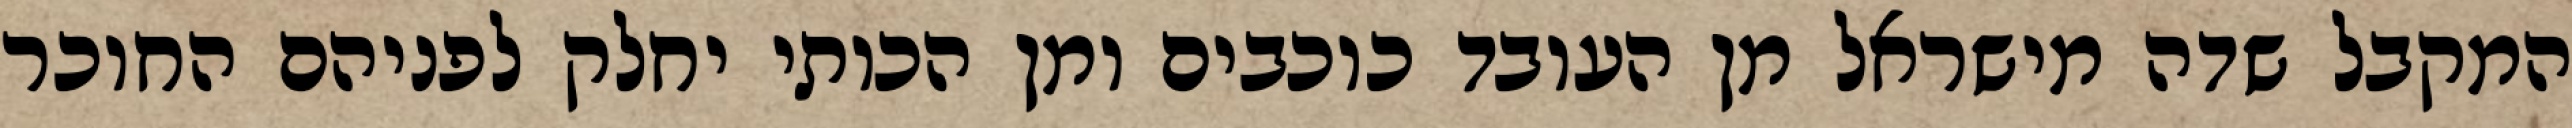
המקבל שדה מישראל מן העובד כוכבים ומן הכותי יחלק לפניהם החוכר